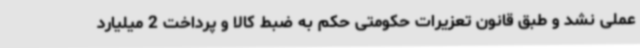
عملی نشد و طبق قانون تعزیرات حکومتی حکم به ضبط کالا و پرداخت 2 میلیارد